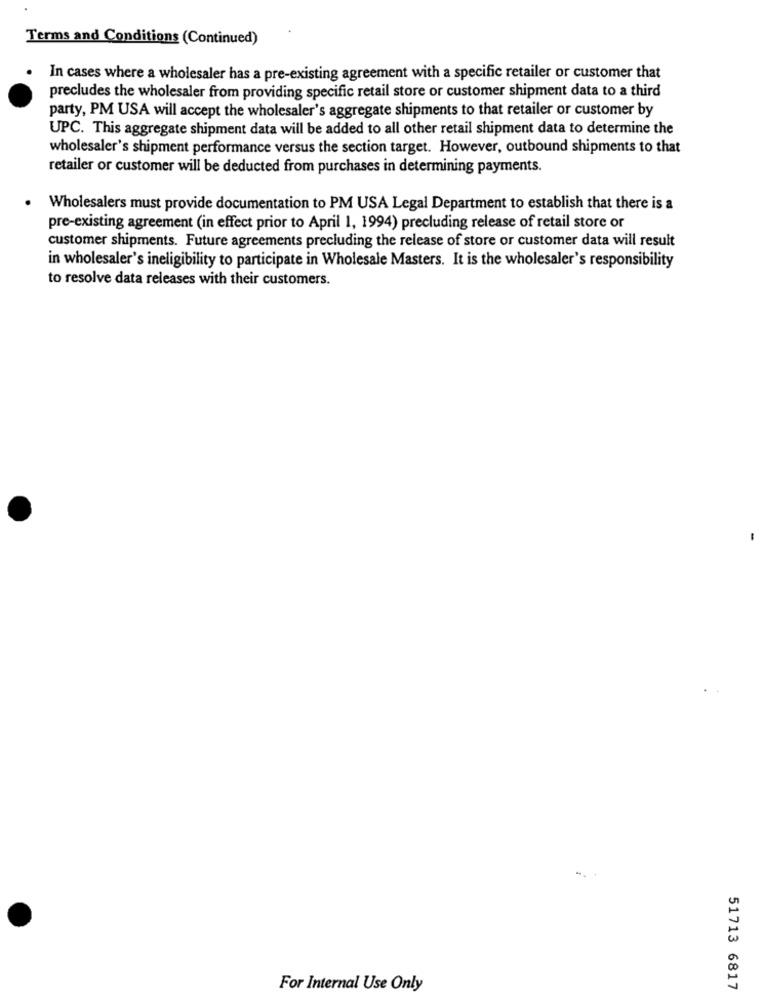
Terms and Conditions (Continued)
In cases where a wholesaler has a pre-existing agreement with a specific retailer or customer that
precludes the wholesaler from providing specific retail store or customer shipment data to a third
party, PM USA will accept the wholesaler's aggregate shipments to that retailer or customer by
UPC. This aggregate shipment data will be added to all other retail shipment data to determine the
wholesaler's shipment performance versus the section target. However, outbound shipments to that
retailer or customer will be deducted from purchases in determining payments.
Wholesalers must provide documentation to PM USA Legal Department to establish that there is a
pre-existing agreement (in effect prior to April 1, 1994) precluding release of retail store or
customer shipments. Future agreements precluding the release of store or customer data will result
in wholesaler's ineligibility to participate in Wholesale Masters. It is the wholesaler's responsibility
to resolve data releases with their customers.
-
For Internal Use Only
51713 6817